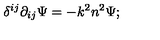
\delta ^ { i j } \partial _ { i j } \Psi = - k ^ { 2 } n ^ { 2 } \Psi ;